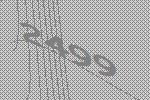
2499